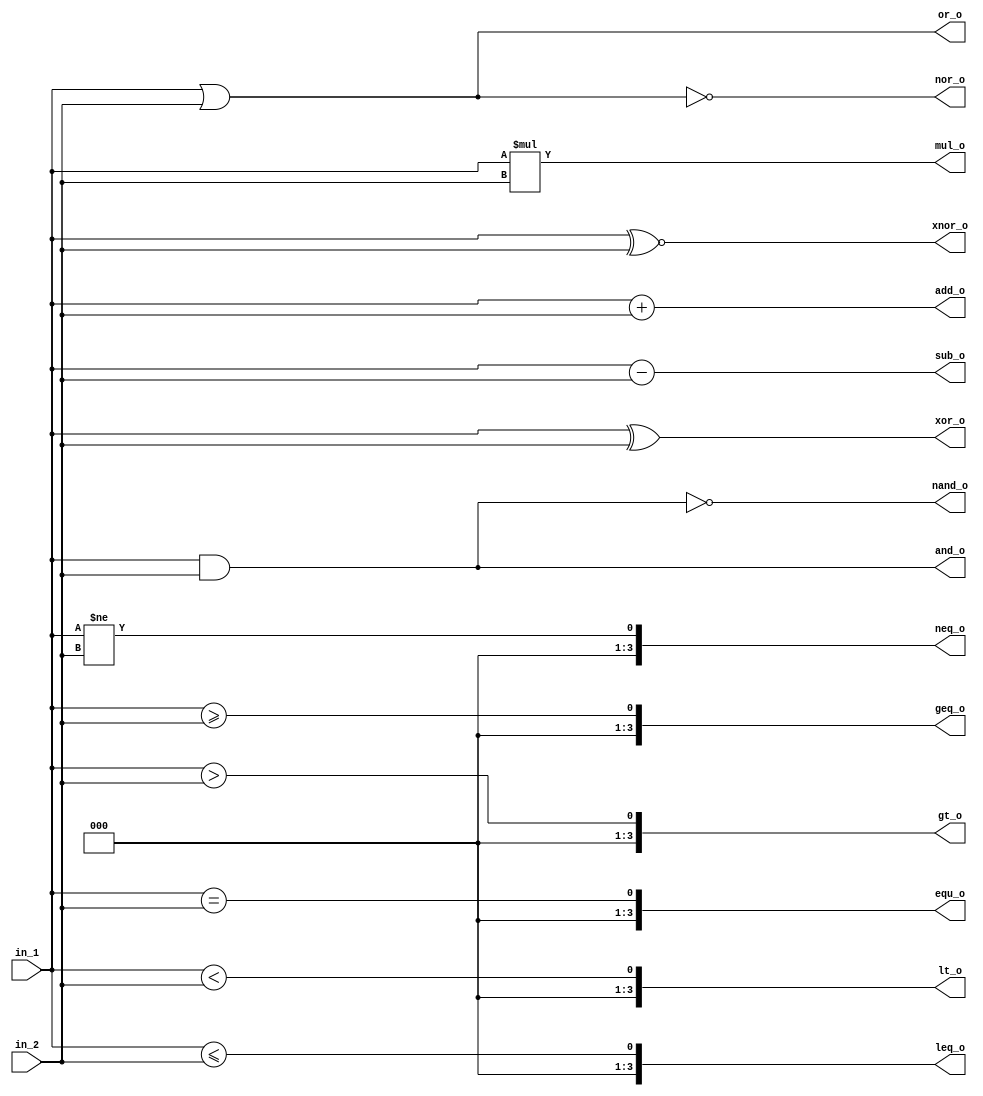
`define BITS 4

module binops(
	in_1, in_2, 
	or_o, 
	nor_o, 
	and_o, 
	nand_o, 	
	xor_o,  
	xnor_o,

	add_o, 
	sub_o,
	
	mul_o, 
	//div_o, 

	equ_o, 
	neq_o, 

	gt_o, 
	lt_o,		
	geq_o, 
	leq_o
); 

input  [`BITS-1:0] in_1, in_2; 
output [`BITS-1:0] 
	or_o, 
	nor_o, 
	and_o, 
	nand_o, 	
	xor_o,  
	xnor_o,

	add_o, 
	sub_o,

	mul_o, 
	//div_o, 

	equ_o, 
	neq_o,

	gt_o, 
	lt_o,
	geq_o, 
	leq_o; 		


assign or_o    = in_1  | in_2; 
assign nor_o   = in_1 ~| in_2; 
assign and_o   = in_1  & in_2; 
assign nand_o  = in_1 ~& in_2;  
assign xor_o   = in_1  ^ in_2;
assign xnor_o  = in_1 ~^ in_2;  

assign add_o   = in_1  + in_2; 
assign sub_o   = in_1  - in_2;

assign mul_o   = in_1  * in_2;  
//assign div_o   = in_1 / in_2; 

assign equ_o   = in_1 == in_2; 
assign neq_o   = in_1 != in_2; 

assign gt_o    = in_1 >  in_2; 
assign lt_o    = in_1 <  in_2; 
assign geq_o   = in_1 >= in_2; 
assign leq_o   = in_1 <= in_2; 

endmodule